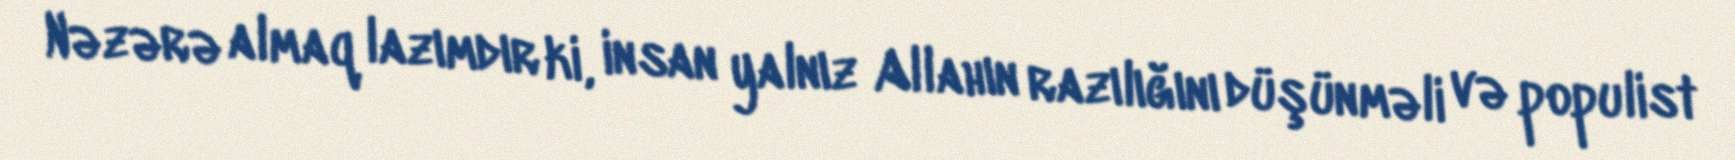
Nəzərə almaq lazımdır ki, insan yalnız Allahın razılığını düşünməli və populist